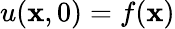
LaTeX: u(\mathbf{x},0)=f(\mathbf{x})